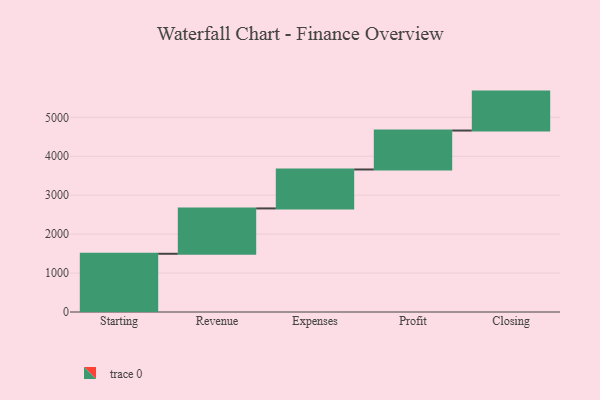
{"axis": {"x": "Step", "y": "Value"}, "legend": [""], "data": [{"x": "Starting", "y": 1495.0, "type": ""}, {"x": "Revenue", "y": 1165.0, "type": ""}, {"x": "Expenses", "y": 1000, "type": ""}, {"x": "Profit", "y": 1000, "type": ""}, {"x": "Closing", "y": 1000, "type": ""}]}